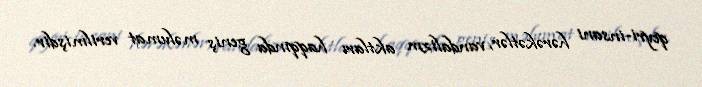
qeyri-insani hərəkətlər, vandalizm aktları haqqında geniş məlumat verilmişdir.